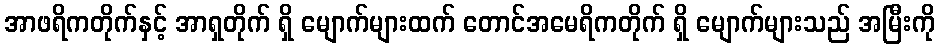
အာဖရိကတိုက်နှင့် အာရှတိုက် ရှိ မျောက်များထက် တောင်အမေရိကတိုက် ရှိ မျောက်များသည် အမြီးကို